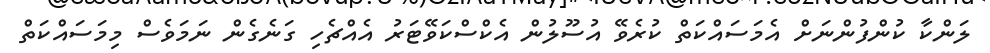
ލަންކާ ކުންފުންނަށް އެމަސައްކަތް ކުރެވޭ އުސޫލުން އެކްސްކަވޭޓަރު އެއްޗެހި ގަނެގެން ނަމަވެސް މިމަސައްކަތް